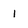
Character: 1